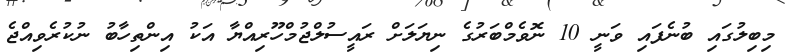
މިބިލުގައި ބުނެފައި ވަނީ 10 ނޮވެމްބަރުގެ ނިޔަލަށް ރައީސުލްޖުމްހޫރިއްޔާ އަކު އިންތިހާބު ނުކުރެވިއްޖެ